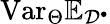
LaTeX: \mathrm{Var}_{\Theta}\mathbb{E}_{\mathcal{D}^{\bullet}}